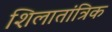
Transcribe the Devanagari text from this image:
शिलातांत्रिक